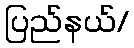
ပြည်နယ်/